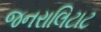
જનરાલિટાટ